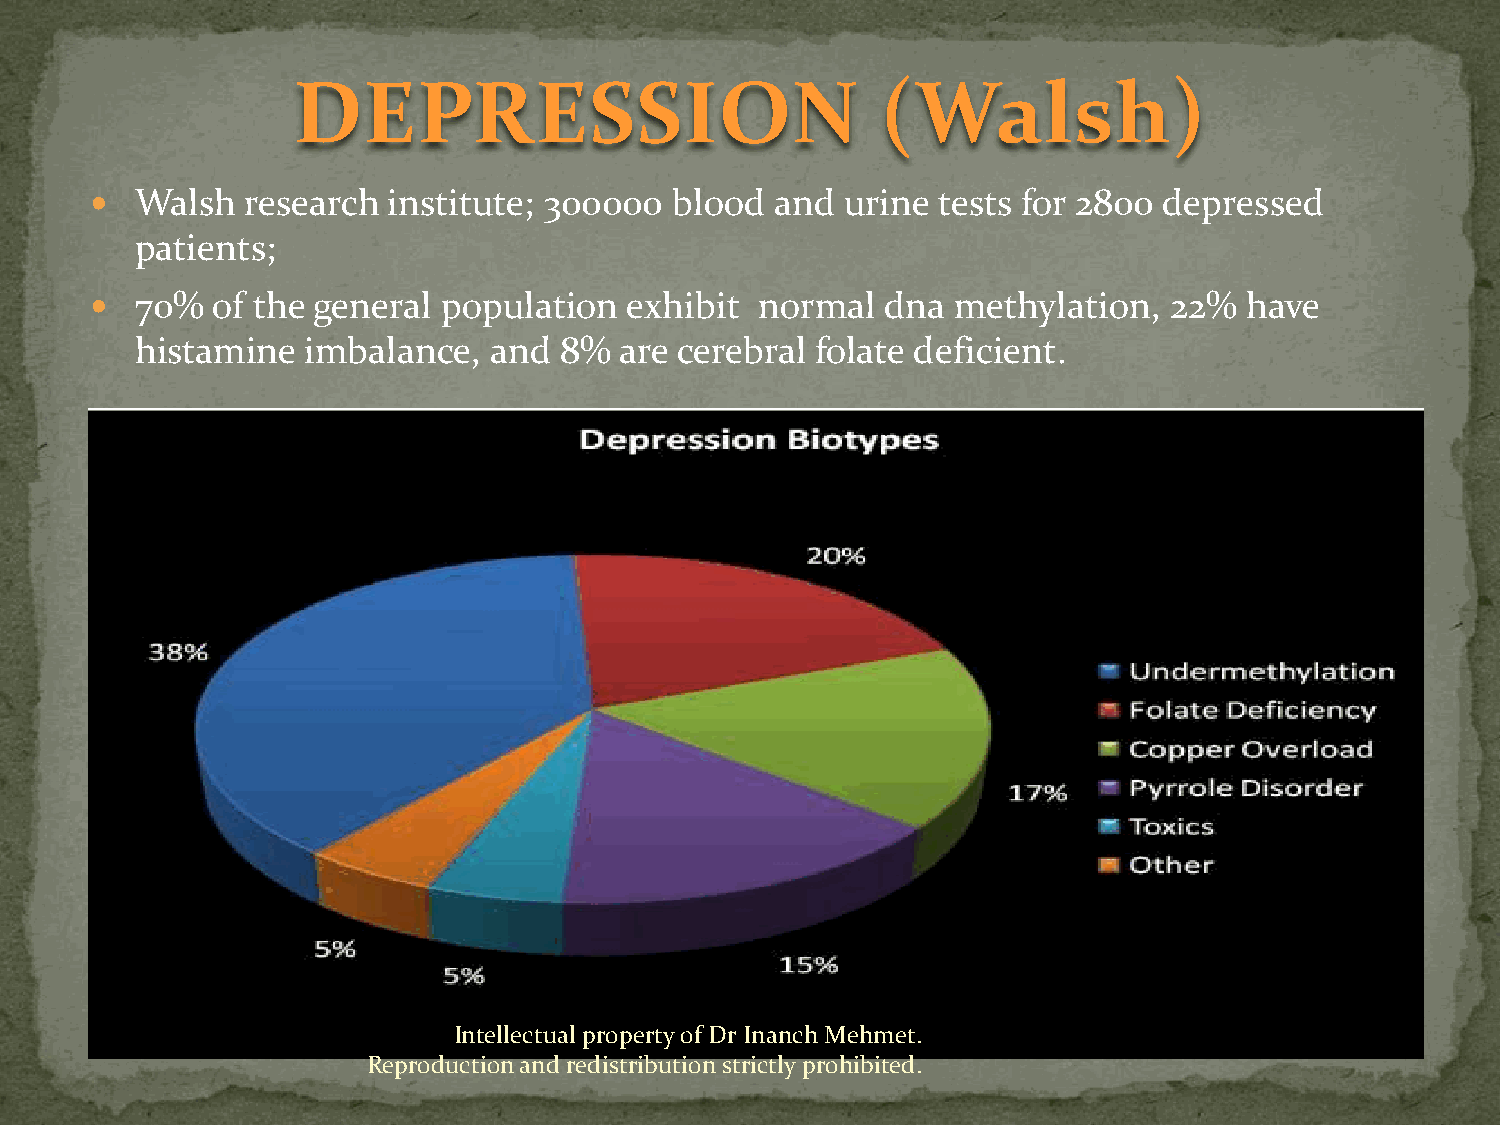
DEPRESSION                             (Walsh)
   Walsh  research  institute; 300000 blood  and  urine tests for 2800 depressed
 patients;
   70%  of the general population   exhibit normal   dna methylation,  22%   have
 histamine  imbalance,  and  8%  are cerebral folate deficient.
 Intellectual property of Dr Inanch Mehmet.
 Reproduction and redistribution strictly prohibited.